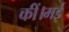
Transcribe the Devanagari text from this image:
कीं।मई